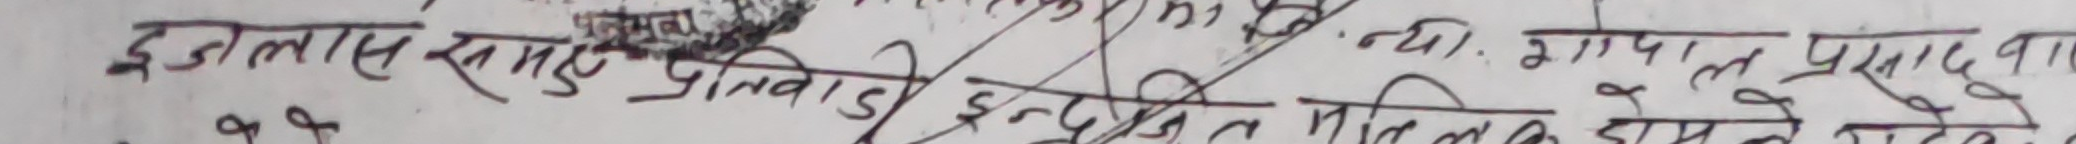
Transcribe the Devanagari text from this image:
न्यो. गोपाल प्रसाद बाद इडलास खातु नवाड़ी इन्द्रजित मलिक देवे